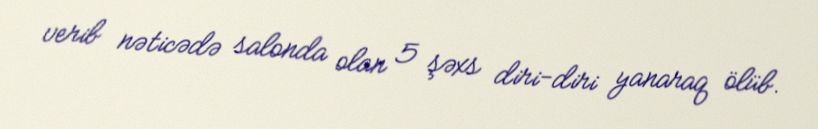
verib nəticədə salonda olan 5 şəxs diri-diri yanaraq ölüb.